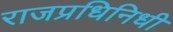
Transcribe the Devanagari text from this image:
राजप्रधिनिधी